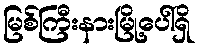
မြစ်ကြီးနားမြို့ပေါ်ရှိ